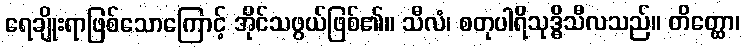
ရေချိုးရာဖြစ်သောကြောင့် အိုင်သဖွယ်ဖြစ်၏။ သီလံ၊ စတုပါရိသုဒ္ဓိသီလသည်။ တိတ္ထော၊